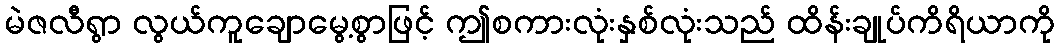
မဲဇလီရွာ လွယ်ကူချောမွေ့စွာဖြင့် ဤစကားလုံးနှစ်လုံးသည် ထိန်းချုပ်ကိရိယာကို